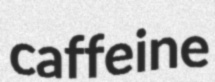
caffeine